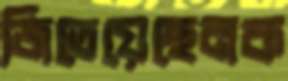
জিতেয়েছেনক